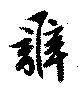
辧